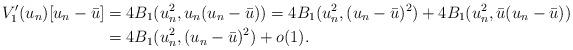
LaTeX: \begin{align*} V'_1(u_n)[u_n - \bar{u}] & = 4B_1(u_n^2, u_n(u_n - \bar{u})) = 4B_1(u_n^2, (u_n - \bar{u})^2) + 4B_1(u_n^2, \bar{u}(u_n - \bar{u}))\\&=4B_1(u_n^2, (u_n - \bar{u})^2)+o(1).\end{align*}